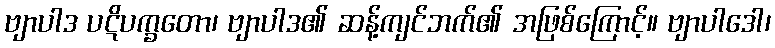
ဗျာပါဒ ပဋိပက္ခတော၊ ဗျာပါဒ၏ ဆန့်ကျင်ဘက်၏ အဖြစ်ကြောင့်။ ဗျာပါဒေါ၊